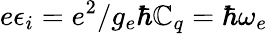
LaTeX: e\epsilon_{i}=e^{2}/g_{e}\hbar\mathbb{C}_{q}=\hbar\omega_{e}